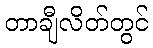
တာချီလိတ်တွင်